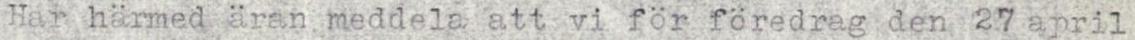
Har härmed äran meddela att vi för föredrag den 27 april